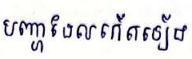
បញ្ហាដែលកើតឡើង